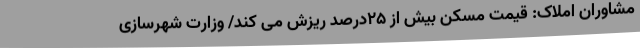
مشاوران املاک: قیمت مسکن بیش از ۲۵درصد ریزش می کند/ وزارت شهرسازی